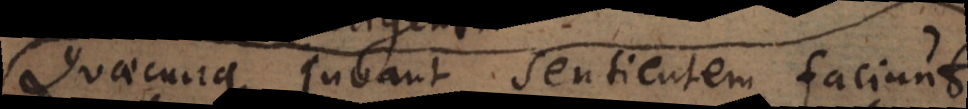
Quaecunque juvant sentientem faciunt